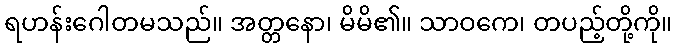
ရဟန်းဂေါတမသည်။ အတ္တနော၊ မိမိ၏။ သာဝကေ၊ တပည့်တို့ကို။